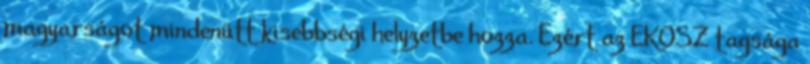
magyarságot mindenütt kisebbségi helyzetbe hozza. Ezért az EKOSZ tagsága